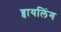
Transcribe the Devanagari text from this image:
ब्वायलिंग